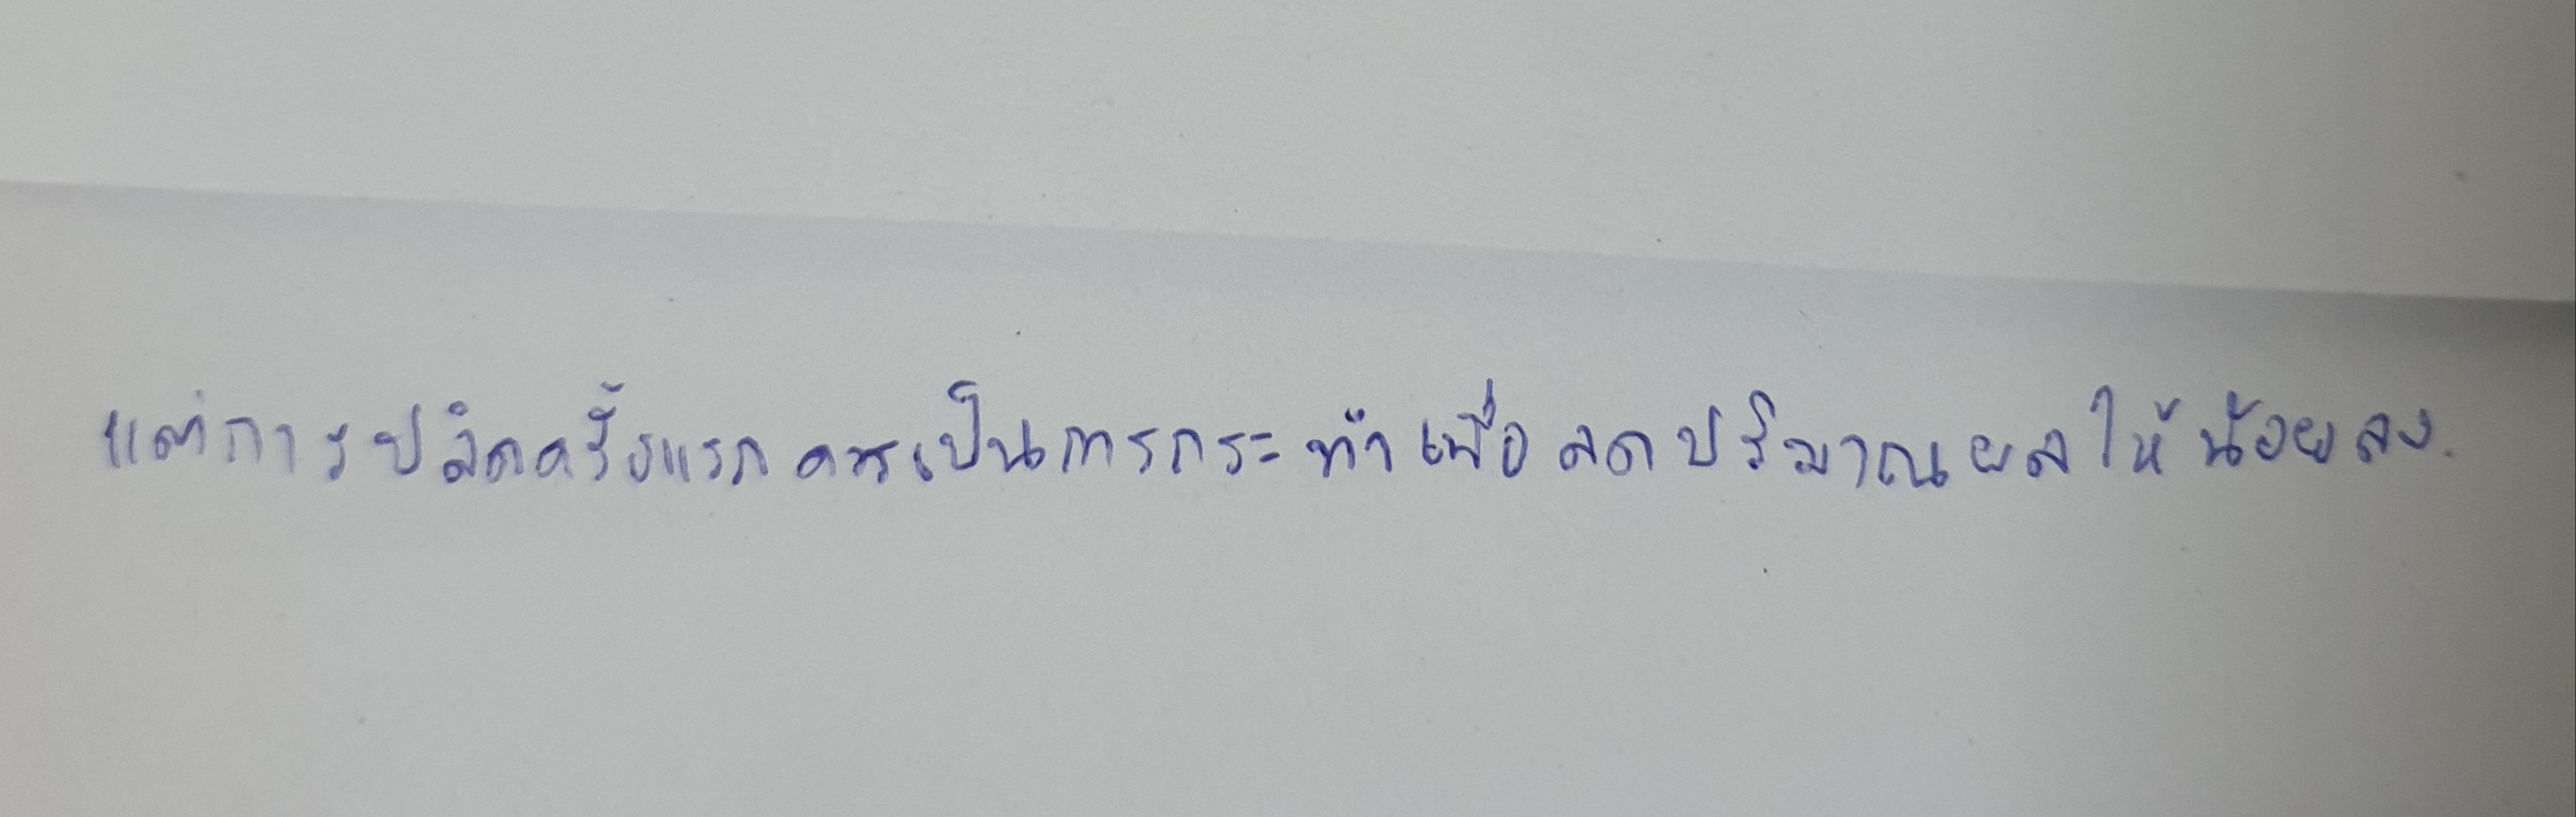
แต่การปลิดครั้งแรกควรเป็นการกระทำเพื่อลดปริมาณผลให้น้อยลง